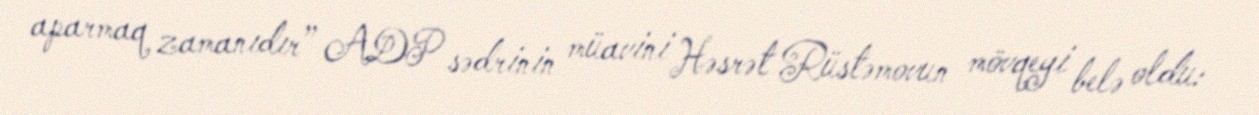
aparmaq zamanıdır” ADP sədrinin müavini Həsrət Rüstəmovun mövqeyi belə oldu: